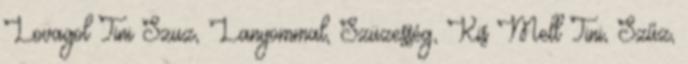
Lovagol Tini Szuz, Lanyommal, Szüzesség, Kis Mell Tini, Szűz,